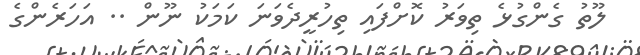
ލޫތު ގެންގުޅެ ތިވަރު ކޮށްފައި ތިހުރީދެވަނަ ކަމަކު ނޫން .. އަހަރެންގެ